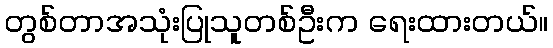
တွစ်တာအသုံးပြုသူတစ်ဦးက ရေးထားတယ်။